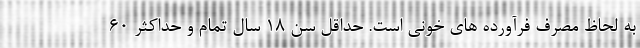
به لحاظ مصرف فرآورده های خونی است. حداقل سن ۱۸ سال تمام و حداکثر ۶۰